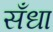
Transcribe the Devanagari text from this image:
सँधा